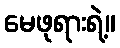
မေဖုရားရဲ့။